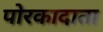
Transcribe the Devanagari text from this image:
पोरकादाता